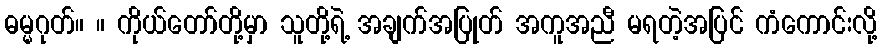
ဓမ္မဂုတ်။ ။ ကိုယ်တော်တို့မှာ သူတို့ရဲ့ အချက်အပြုတ် အကူအညီ မရတဲ့အပြင် ကံကောင်းလို့